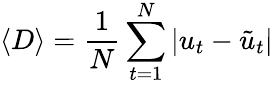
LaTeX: \left\langle D\right\rangle=\frac{1}{N}\sum_{t=1}^{N}\left|u_{t}-\tilde{u}_{t}\right|